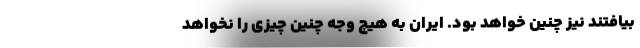
بیافتند نیز چنین خواهد بود. ایران به هیچ وجه چنین چیزی را نخواهد